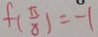
f ( \frac { \pi } { 8 } ) = - 1